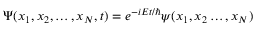
\Psi ( x _ { 1 } , x _ { 2 } , \ldots , x _ { N } , t ) = e ^ { - i E t / \hbar } \psi ( x _ { 1 } , x _ { 2 } \ldots , x _ { N } )